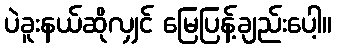
ပဲခူးနယ်ဆိုလျှင် မြေပြန့်ချည်းပေါ့။